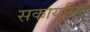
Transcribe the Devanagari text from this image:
सकायरिम